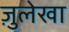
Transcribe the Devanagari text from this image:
ज़ुलेखा